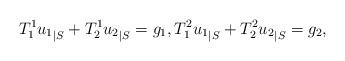
LaTeX: \begin{align*} {T^1_1 u_1}_{|S} + {T^1_2 u_2}_{|S}= g_1, {T^2_1 u_1}_{|S} + {T^2_2 u_2}_{|S}= g_2,\end{align*}